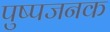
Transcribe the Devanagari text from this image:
पुष्पजनक